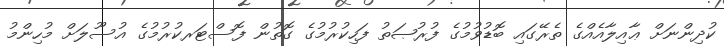
ކުދިންނަށް ޢާއިލާއެއްގެ ތެރޭގައި ބޮޑުވުމުގެ ފުރުޞަތު ފަހިކުރުމުގެ ގޮތުން ފޮސްޓަރކުރުމުގެ އުސޫލަށް މުހިންމު